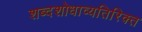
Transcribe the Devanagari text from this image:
शब्दशोधाव्यतिरिक्त